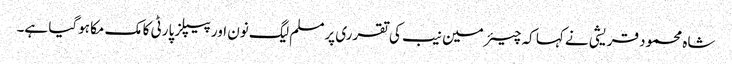
شاہ محمود قریشی نے کہا کہ چیئرمین نیب کی تقرری پرمسلم لیگ نون اور پیپلز پارٹی کا مک مکا ہوگیا ہے۔